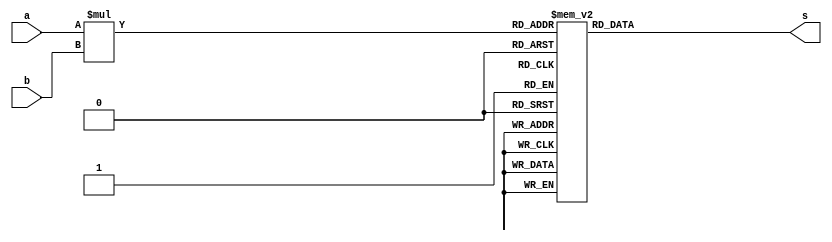
module ask6_2a(a,b,s);
    input [1:0]a,b;
    output reg [6:0]s;
    wire [3:0]o;
    
    assign o = a*b;
    
    always @ (o) begin
        case(o)
            4'b0000:
                 s[6:0]=7'b1110111;
            4'b0001:
                 s[6:0]=7'b0010010;
            4'b0010:
                 s[6:0]=7'b1011101;
            4'b0011:
                 s[6:0]=7'b1011011;
            4'b0100:
                 s[6:0]=7'b0111010;
            4'b0101:
                 s[6:0]=7'b1101011;
            4'b0110:
                 s[6:0]=7'b1101111;
            4'b0111:
                 s[6:0]=7'b1010010;
            4'b1000:
                 s[6:0]=7'b1111111;
            4'b1001:
                 s[6:0]=7'b1111011;
            default:
                 s[6:0]=7'b0000000;
        endcase
    end
    
endmodule